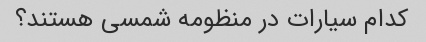
کدام سیارات در منظومه شمسی هستند؟